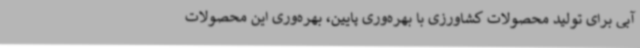
آبی برای تولید محصولات کشاورزی با بهره‌وری پایین، بهره‌وری این محصولات